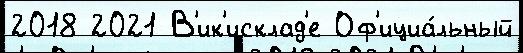
2018 2021 В'ик'исклад'е Оф'ициа́льный